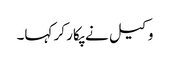
وکیل نے پکار کر کہا۔